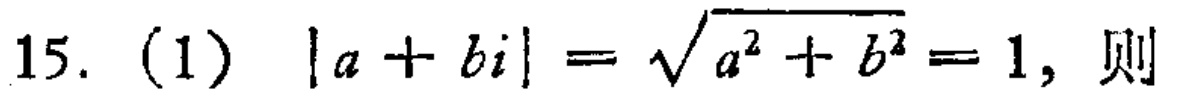
15. (1) \(|a + bi|=\sqrt{a^{2}+b^{2}} = 1\), 则